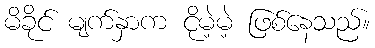
မိခိုင် မျက်နှာက ငိုမဲ့မဲ့ ဖြစ်နေသည်။